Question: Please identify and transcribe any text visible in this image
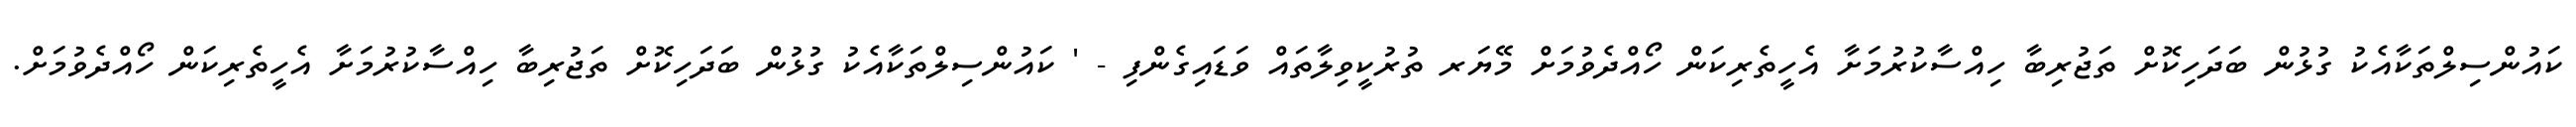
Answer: ކައުންސިލްތަކާއެކު ގުޅުން ބަދަހިކޮށް ތަޖުރިބާ ހިއްސާކުރުމަށާ އެހީތެރިކަން ހޯއްދެވުމަށް މޭޔަރ ތުރުކީވިލާތައް ވަޑައިގެންފި - ' ކައުންސިލްތަކާއެކު ގުޅުން ބަދަހިކޮށް ތަޖުރިބާ ހިއްސާކުރުމަށާ އެހީތެރިކަން ހޯއްދެވުމަށް.